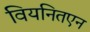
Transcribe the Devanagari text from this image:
वियनितएन